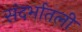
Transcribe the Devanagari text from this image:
संदर्भातली